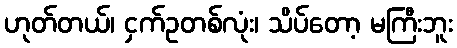
ဟုတ်တယ်၊ ငှက်ဥတစ်လုံး၊ သိပ်တော့ မကြီးဘူး